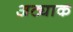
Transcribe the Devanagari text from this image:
अट्याक